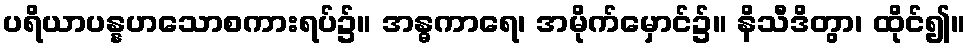
ပရိယာပန္နဟသောစကားရပ်၌။ အန္ဓကာရေ၊ အမိုက်မှောင်၌။ နိသီဒိတွာ၊ ထိုင်၍။